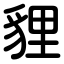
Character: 貍